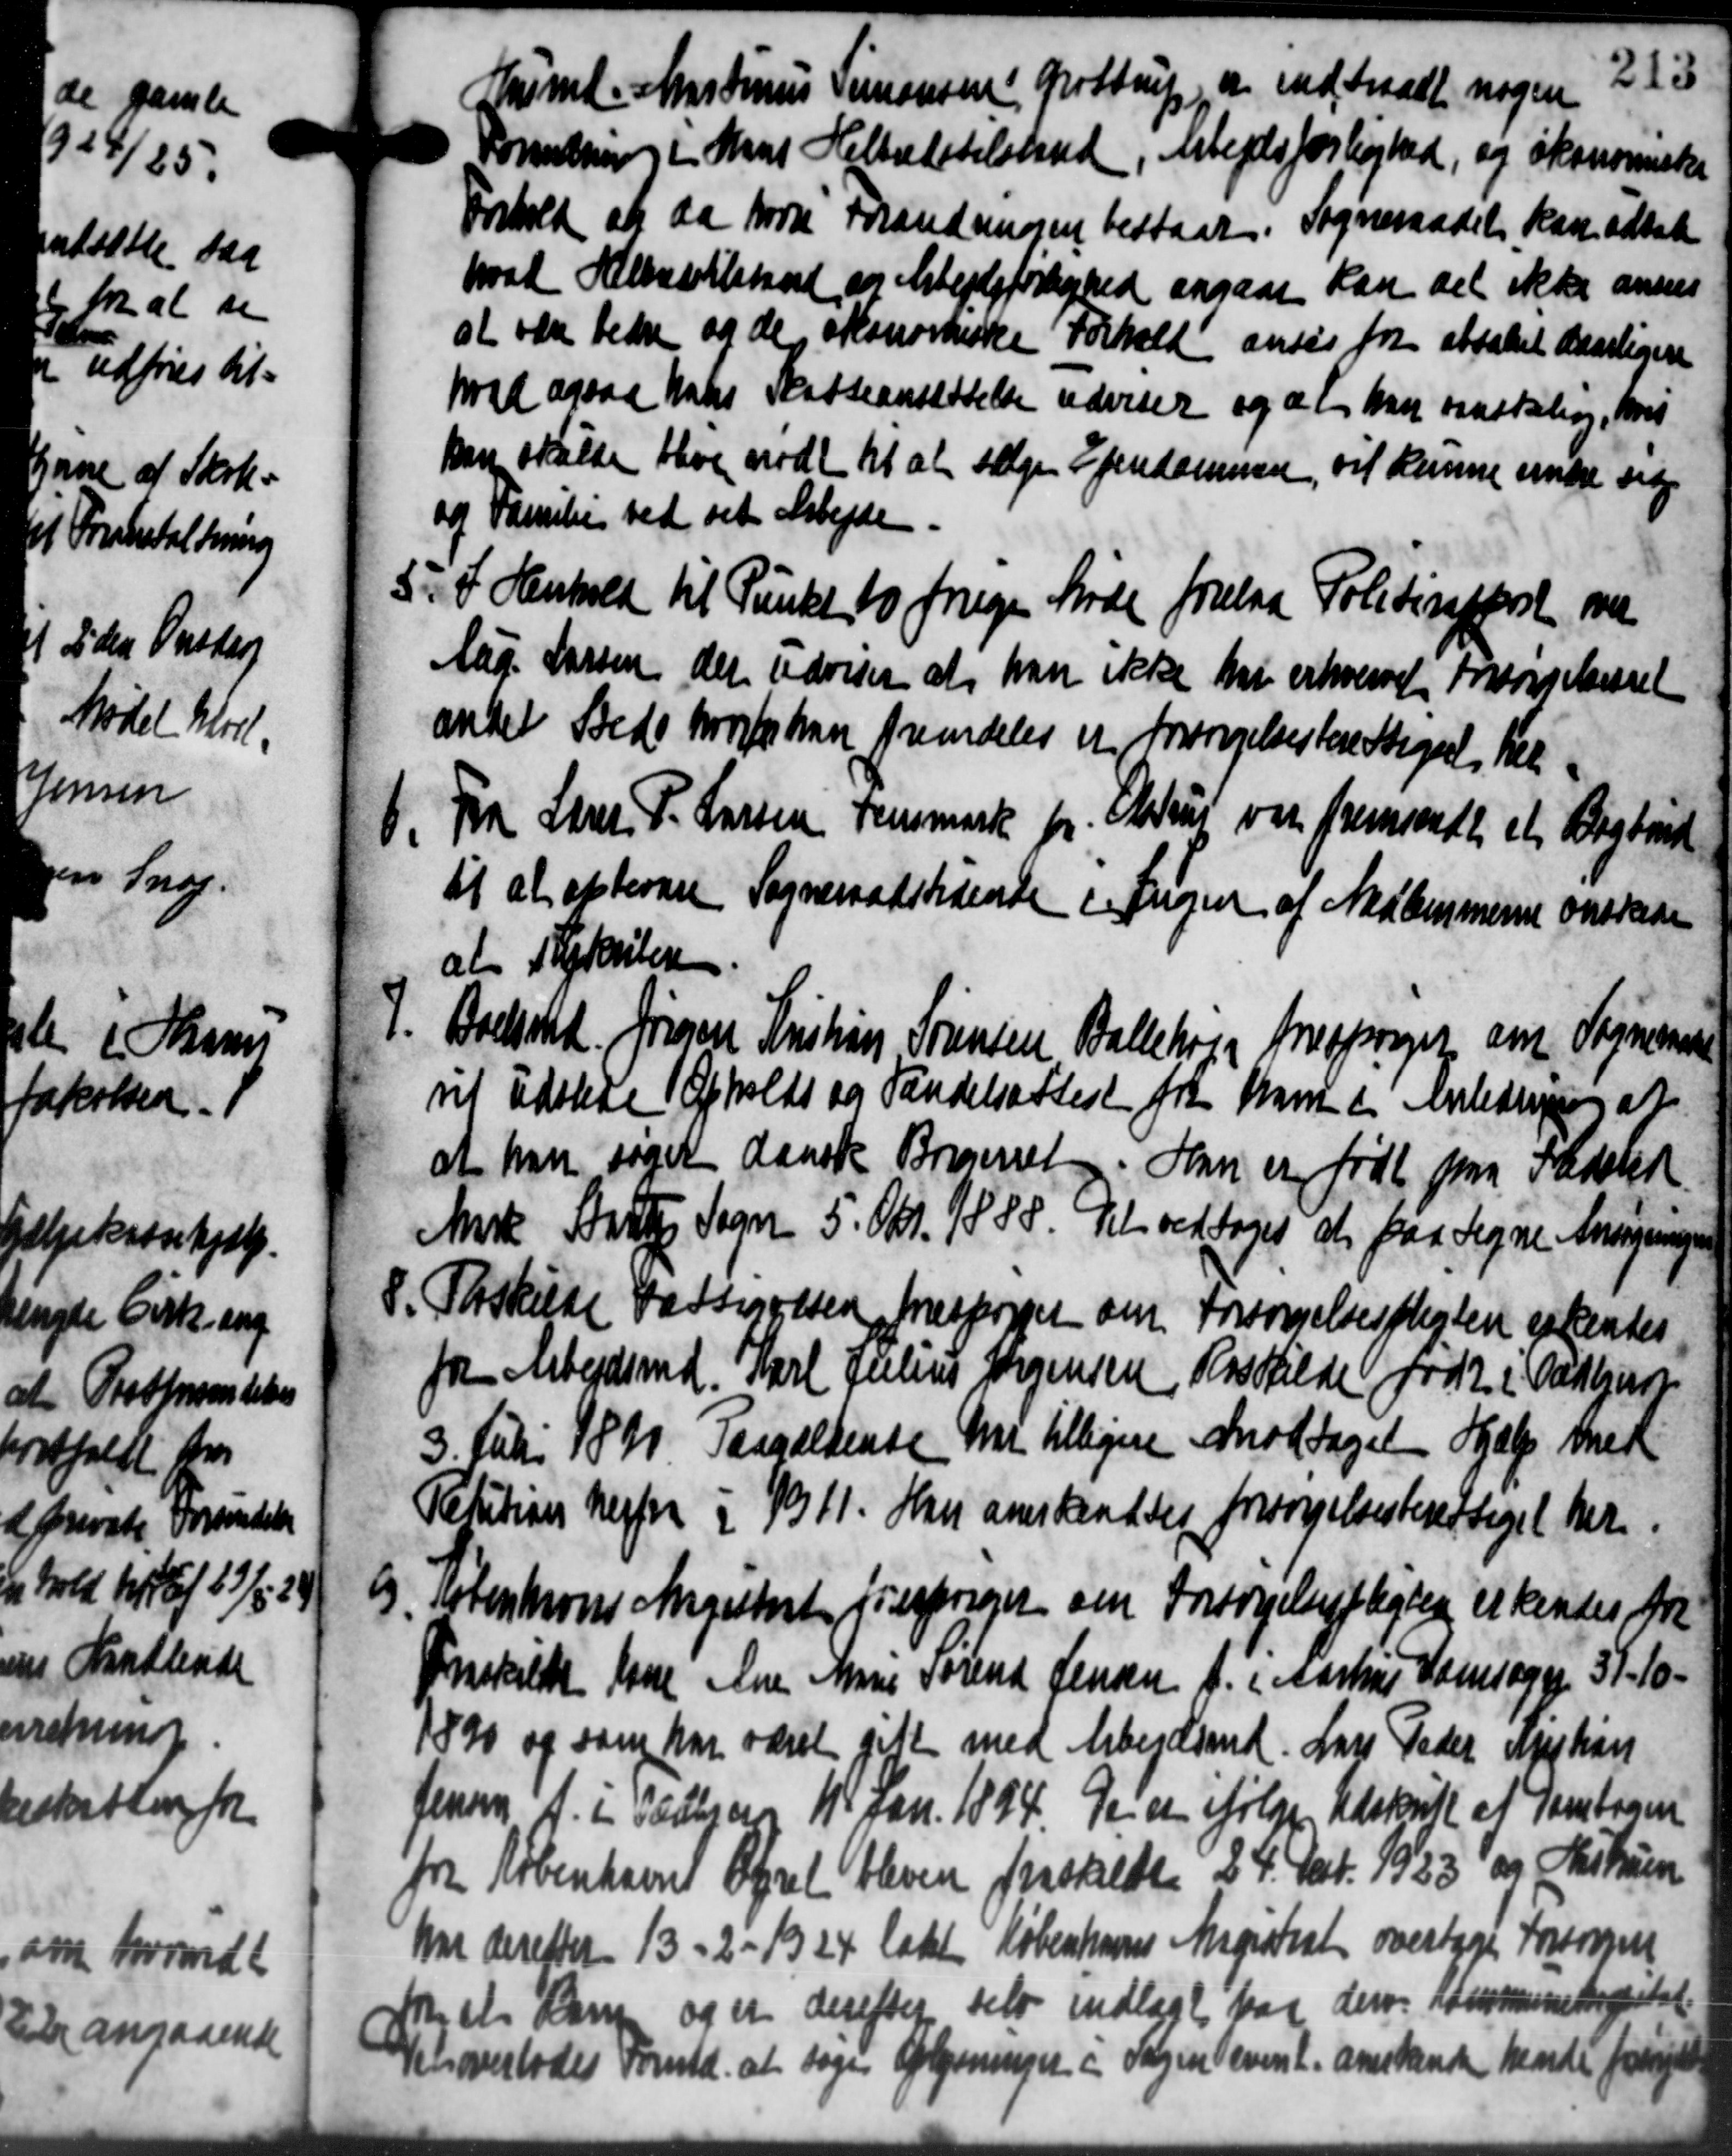
Transskription:
Husmd. Martinus Simonsen, Grøttrup, og indtraadt nogen
Forretning i Mart Helbredstelsland, Arbejdsforlighed, og økonomiske
Forhold at da hvori Forandrensen bestaar. Sogneraadet kan udsat
hvad Halbestilstaard og Alberleførlighed angaar kan del ikke annes
at være bedre og den akonorkiske Forhold anses fra attalet daarligere
Mad ogsaa hans Skatteansættelse udviser og at han saasteling, hvis
kan skulde blive mødt til at følge Ejendommen, vil kunne under sig
og Familie ved set Arbejde
5. I Henhold til Punkt to frige Møde forelaa Politiseforst over
5. I Henhold til Punkt to frige Møde forelaa Politiseforst over
Aag. Larsen der udviser at han ikke har erhvervet Forsørgelsessel
andel Stede hvorfor hun fremdeles er forsørgelsesberettiget hel
6. Fra Lærer P. Larsen, Fensmark pr. Alstrus var fremsendtes et Boghand
6. Fra Lærer P. Larsen, Fensmark pr. Alstrus var fremsendtes et Boghand
til at aflevere Sogneraadstidende i Ingen af Medlemmerne ønskede
at styknitere
7. Boelst. Jørgen Kristian Sørensen Ballehøj forespørger om Sogneraade
7. Boelst. Jørgen Kristian Sørensen Ballehøj forespørger om Sogneraade
vil udstede Opholds og Sandelsattest fra Kan i Anledning af
at han søget dansk Bregerset. Han er født paa Fadsted
Anske Skatte Sogn 5. Skr. 18 SS. Det vedtoges at paa Tegne Ansøgningen
8. Forskulde Fattigelsen forespørger om Forsørgelsespligten opkentes
8. Forskulde Fattigelsen forespørger om Forsørgelsespligten opkentes
fra Arbejdsmd. Karl Julius Jørgensen, Rosstilde født i Fattigede
3. Juli 189. Paagældende at tilligere modtaget Hjælp med
Retition herfra i 1911. Han anerkendtes forsørgelsesberettiget her-
6. Totenkrones Angustent forespørger om Forsørgelsespligter erkendes fra
6. Totenkrones Angustent forespørger om Forsørgelsespligter erkendes fra
Forskilde have Ane Ane Sørend Jensen A. i Aarhus Hansøger 31-10.
1890 og som har været gift med Arbejdsmd. Lars Peder Afhør
Jensen A. i Todbjerg 1. Jan. 1894 er er ifølge Udskrift af Santagen
fra Københavns Opret bleven forskelden 24. Dat. 1923 og Astrin
har derefter 13 - 2 - 1924 ladet Københavns Magistrat overtages Forsørgen
Mel Kamp og er derefter selv indlagt var derv. Kommunenstal
Nelsoverlodes Formd. at tage Oplysninger i Sagen event. anerkende hende forrige